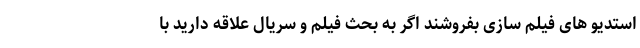
استدیو های فیلم سازی بفروشند اگر به بحث فیلم و سریال علاقه دارید با